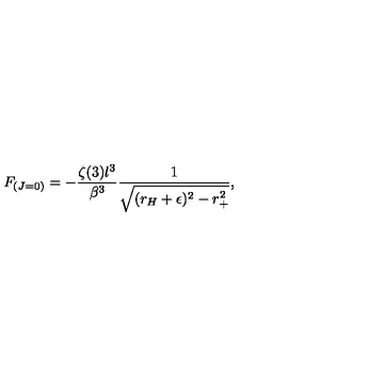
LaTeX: F _ { ( J = 0 ) } = - \frac { \zeta ( 3 ) l ^ { 3 } } { \beta ^ { 3 } } \frac { 1 } { \sqrt { ( r _ { H } + \epsilon ) ^ { 2 } - r _ { + } ^ { 2 } } } ,